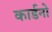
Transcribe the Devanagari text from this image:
कार्डनो